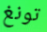
تونغ